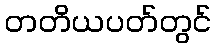
တတိယပတ်တွင်